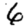
Digit: 6